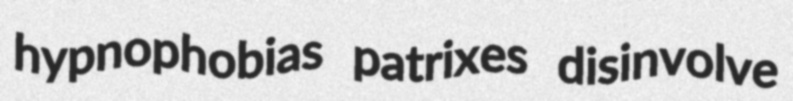
hypnophobias patrixes disinvolve